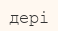
дері